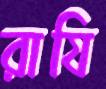
রাযি